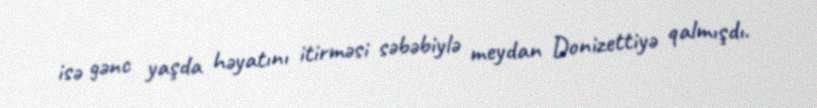
isə gənc yaşda həyatını itirməsi səbəbiylə meydan Donizettiyə qalmışdı.